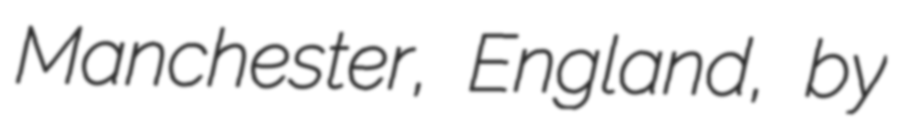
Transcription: Manchester, England, by